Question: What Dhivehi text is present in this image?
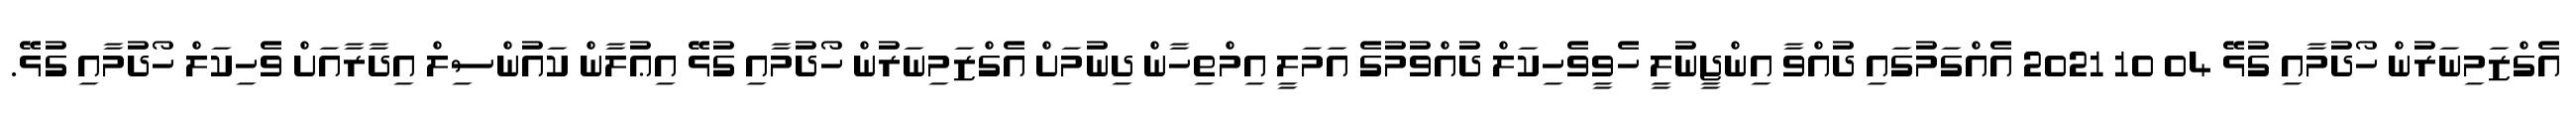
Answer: އެގްޒަމިނަރުން ހޯދުމާއި ގުޅޭ 04 10 2021 އެއްގަމުގައި ދުއްވާ އިންޖީނުލީ ހެވީވެހިކަލް ދުއްވުމުގެ އަމަލީ އިމްތިހާން ދިނުމަށް އެގްޒަމިނަރުން ހޯދުމާއި ގުޅޭ އިޢުލާން ކައުންސިލް އިދާރާއަށް ވެހިކަލް ހޯދުމާއި ގުޅޭ.